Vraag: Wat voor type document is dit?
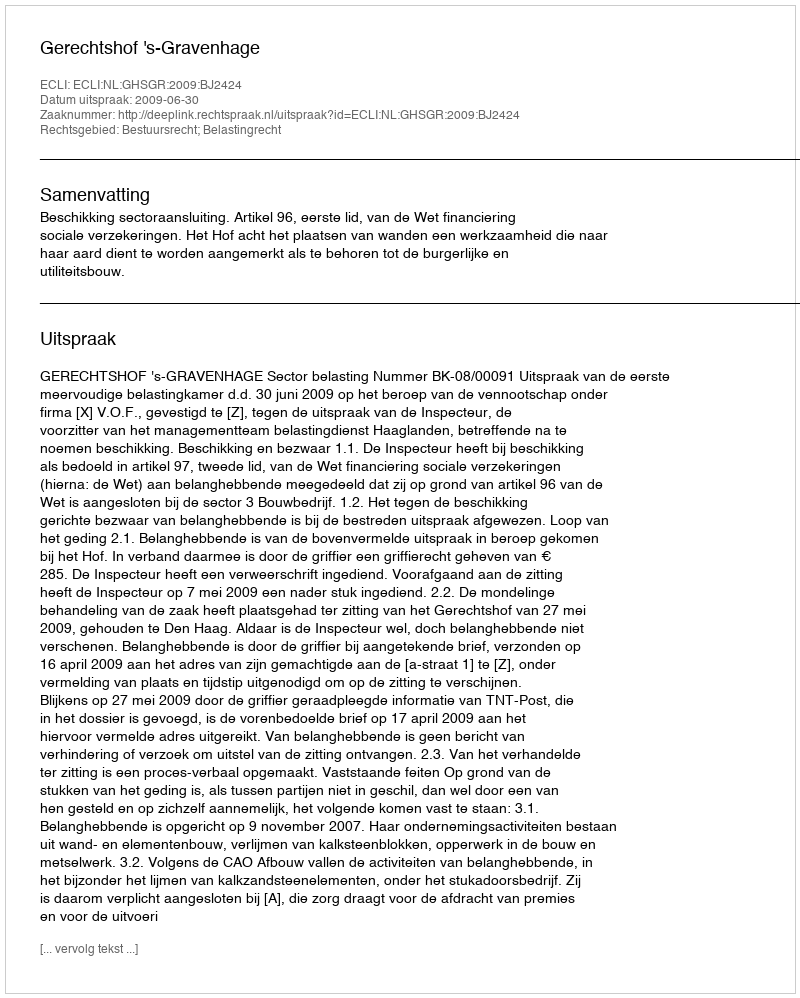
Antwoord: Uitspraak